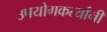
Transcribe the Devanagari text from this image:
उपयोगकर्त्यांनी